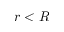
r < R